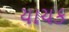
યાચક